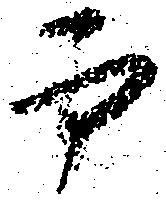
而